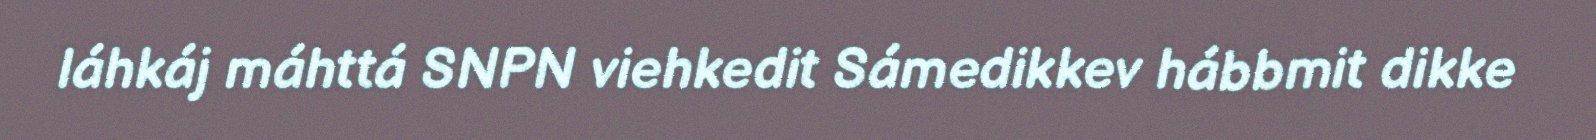
láhkáj máhttá SNPN viehkedit Sámedikkev hábbmit dikke